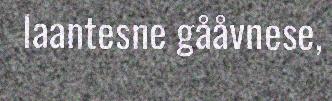
laantesne gååvnese,